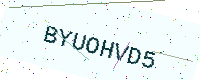
Text: BYUOHVD5